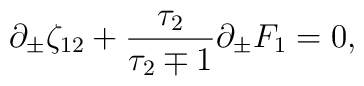
\partial_{\pm} \zeta_{12} + {\tau_2\over \tau_2 \mp 1} \partial_{\pm} F_1 =0,